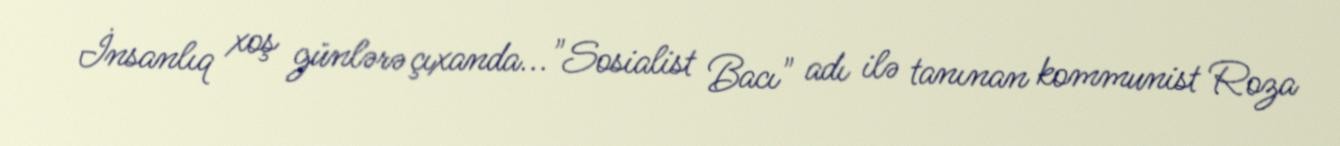
İnsanlıq xoş günlərə çıxanda..."Sosialist Bacı" adı ilə tanınan kommunist Roza